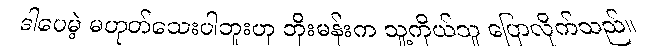
ဒါပေမဲ့ မဟုတ်သေးပါဘူးဟု ဘိုးမန်းက သူ့ကိုယ်သူ ပြောလိုက်သည်။